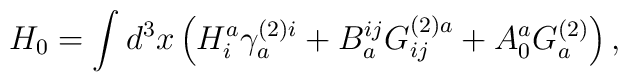
H_{0}=\int d^{3}x\left( H_{i}^{a}\gamma_{a}^{(2)i}+B_{a}^{ij}G_{ij}^{(2)a}+A_{0}^{a}G_{a}^{(2)}\right) ,